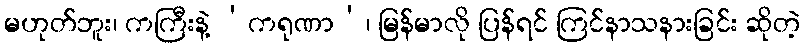
မဟုတ်ဘူး၊ ကကြီးနဲ့ ‘ကရုဏာ’၊ မြန်မာလို ပြန်ရင် ကြင်နာသနားခြင်း ဆိုတဲ့